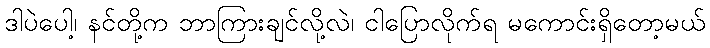
ဒါပဲပေါ့၊ နင်တို့က ဘာကြားချင်လို့လဲ၊ ငါပြောလိုက်ရ မကောင်းရှိတော့မယ်